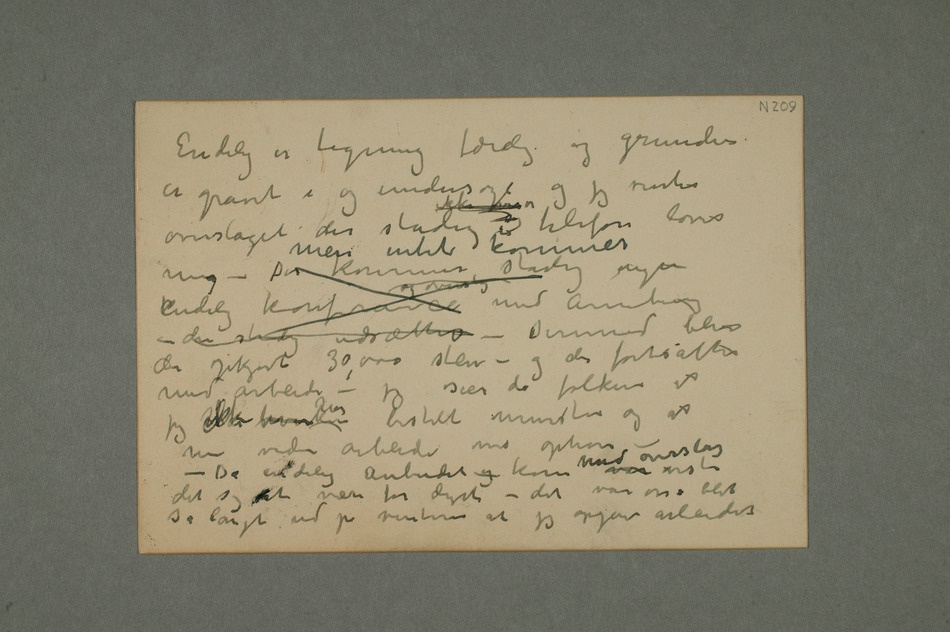
Endelig er tegning færdig og grunden
er gravet i og undersøgt og jeg venter
overslaget der stadig ikke kom i telefon loves
mig – Men intet kommer
stadig ingen endelig konference og overslag med Arneberg
der stadig utsætter – Dermed blir
der opkjørt 30,000 sten – og der fortsattes
med arbeide – jeg sier da folkene at
jeg  ikke hverken har bestilt mursten og at
– Da endelig anbudet og kom var med overslag viste
det sig at være for dyrt – det var osså blit
så langt ud på vinteren at jeg opgav arbeidet